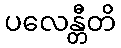
ပလေန္တီတိ